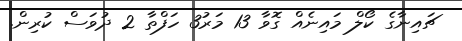
ޗައިނާގެ ކޯލް މައިނެއް ގޮވާ 13 މަރު3 ހަފްތާ 2 ދުވަސް ކުރިން.